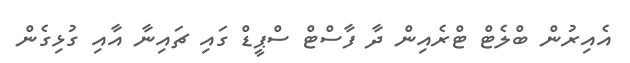
އެއިރުން ބްލެޓް ޓްރެއިން ދާ ފާސްޓް ސްޕީޑް ގައި ޗައިނާ އާއި ގުޅިގެން